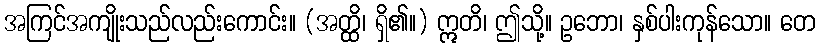
အကြင်အကျိုးသည်လည်းကောင်း။ (အတ္ထိ၊ ရှိ၏။) ဣတိ၊ ဤသို့။ ဥဘော၊ နှစ်ပါးကုန်သော။ တေ